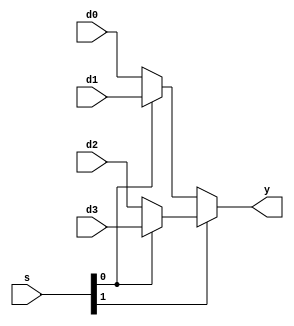
module mux4_5(
input  [4:0] d0, d1, d2, d3,
input   [1:0] s, 
output [4:0] y);

  assign #10 y = s[1] ? (s[0]? d3 : d2)   // s[1] is 1
                      : (s[0]? d1 : d0);  // s[1] is 0
endmodule